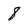
Character: 8